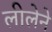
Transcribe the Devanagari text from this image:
लीलेने